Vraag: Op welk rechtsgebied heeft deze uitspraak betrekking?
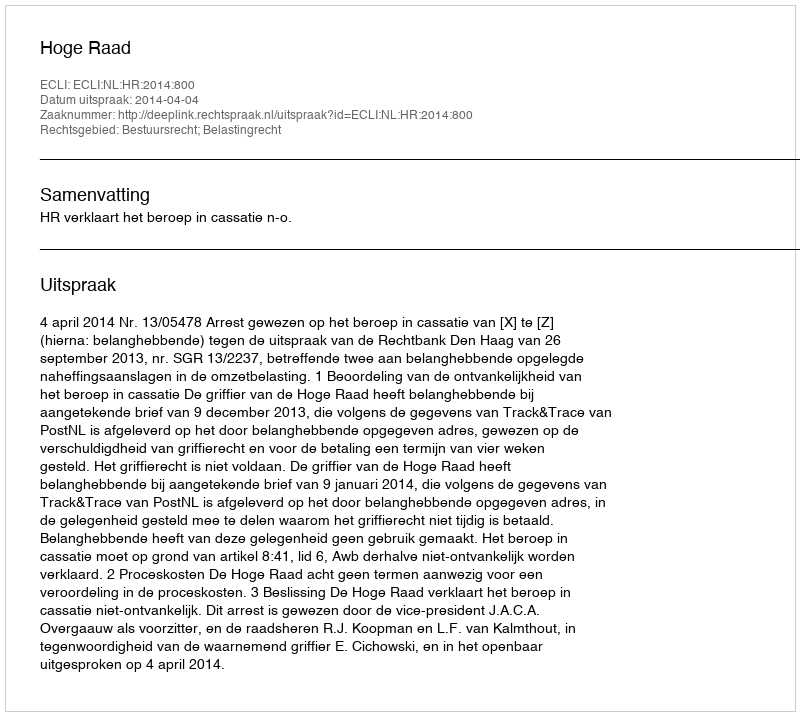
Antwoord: Bestuursrecht; Belastingrecht